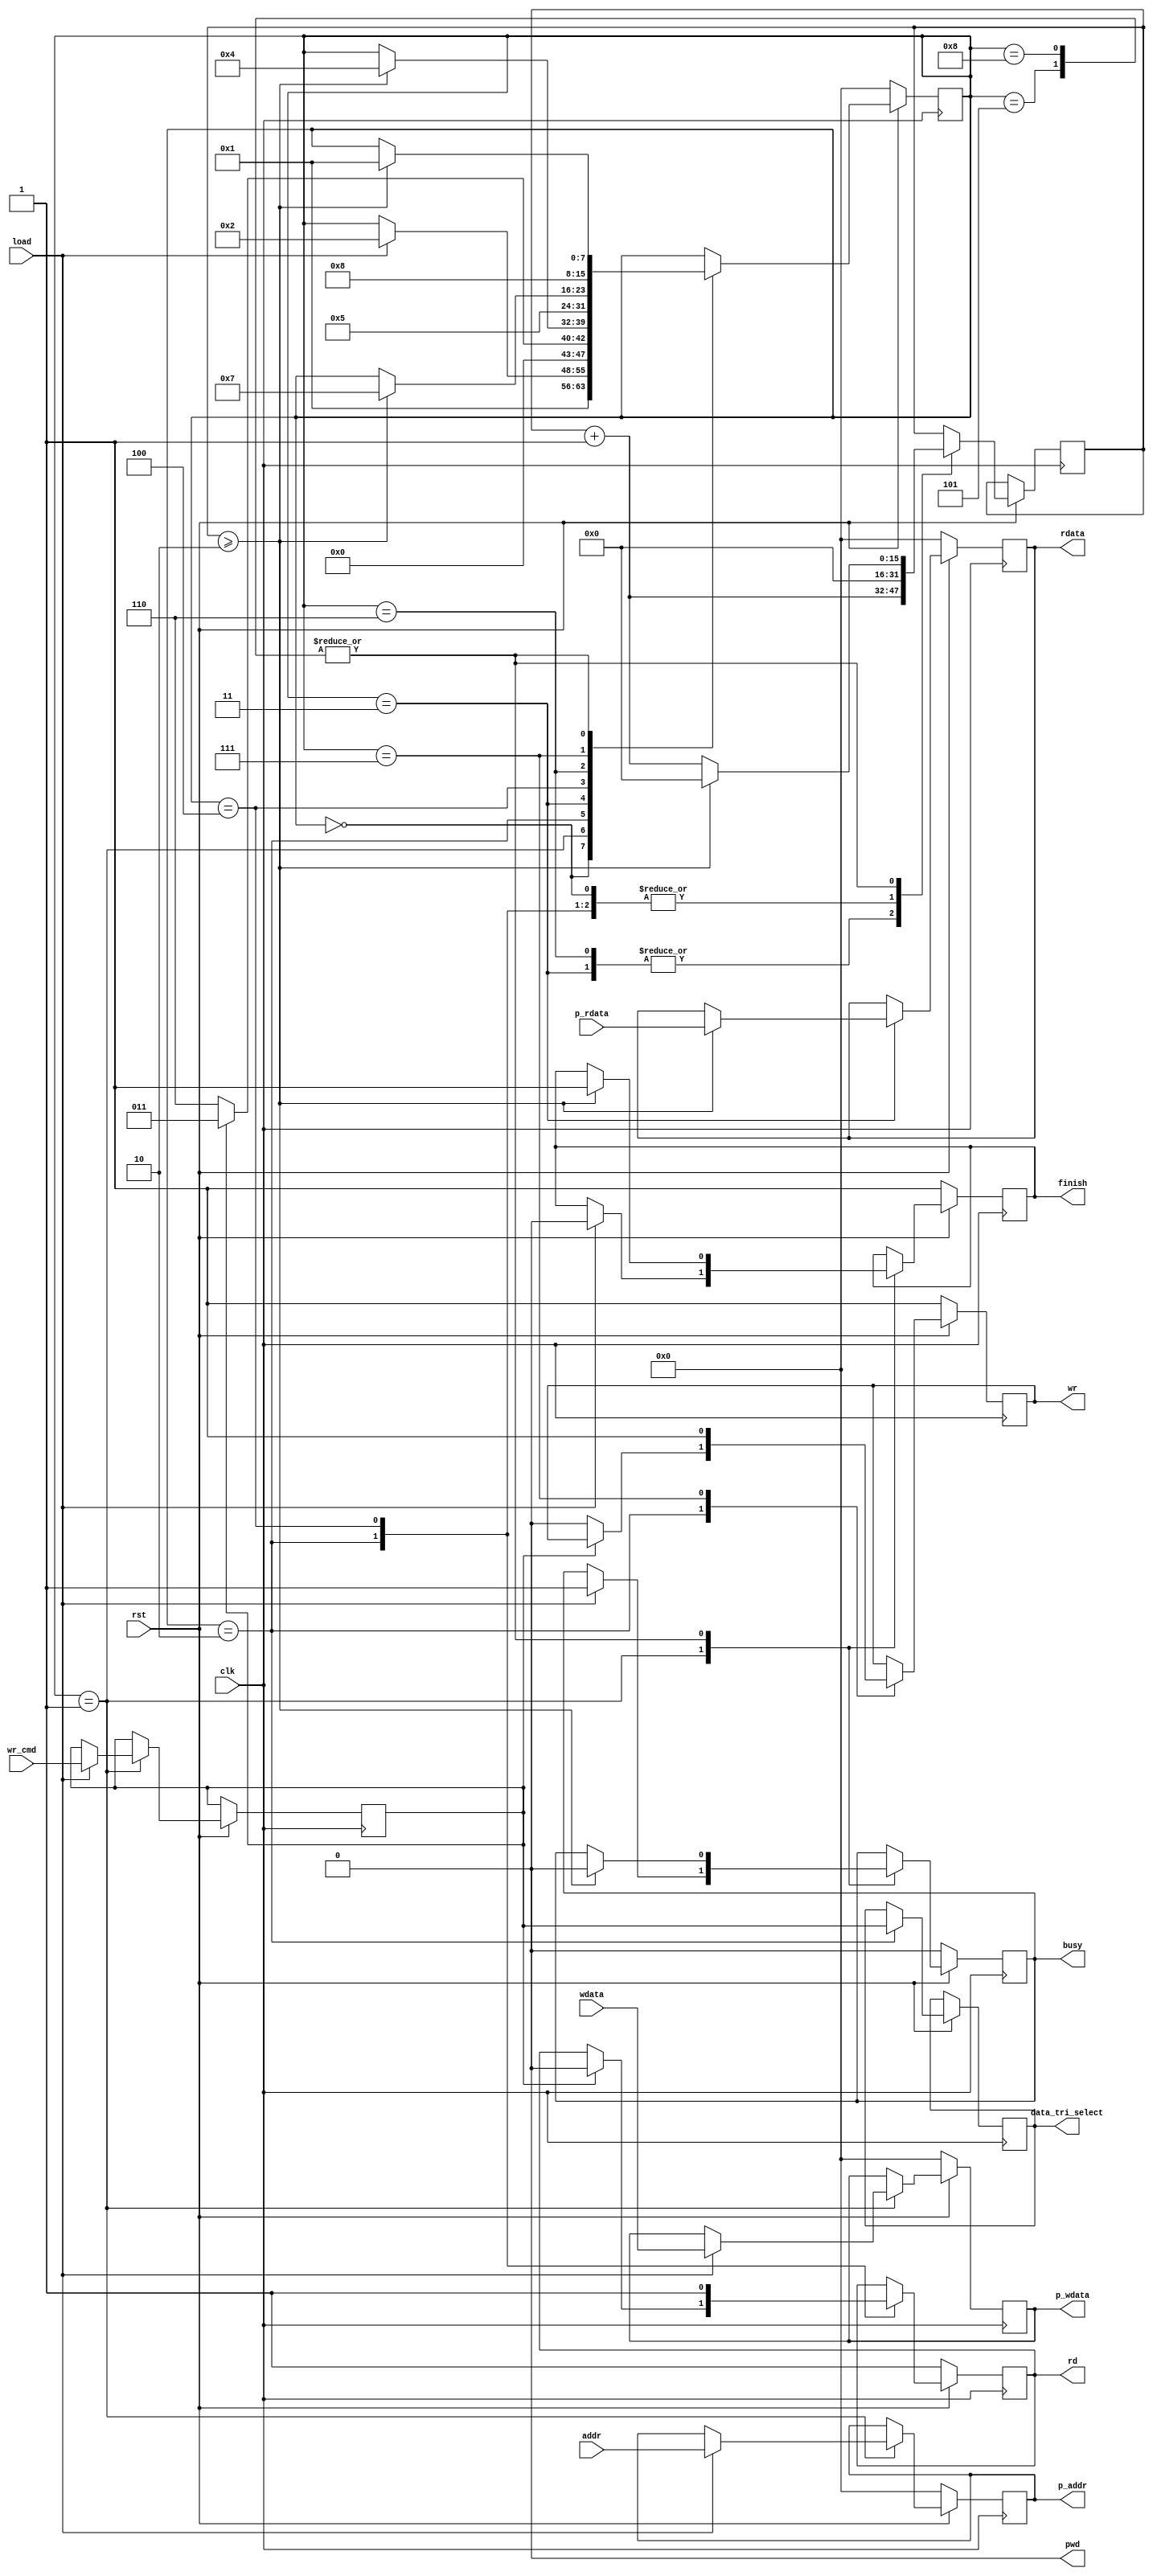
`timescale 1ns / 1ps
//////////////////////////////////////////////////////////////////////////////////
// Company: 
// Engineer: 
// 
// Design Name: 
// Module Name:    parallel_wr 
// Project Name: 
// Target Devices: 
// Tool versions: 
// Description: 
//
// Dependencies: 
//
// Revision: 
// Revision 0.01 - File Created
// Additional Comments: 
//
//////////////////////////////////////////////////////////////////////////////////
module parallel_wr
    #(
		parameter [15 : 0] MAIN_CLOCK_PERIOD = 8,
        parameter [15 : 0] RD_DELAY_CLOCK_PERIOD = 16/*40*/,
        parameter [15 : 0] WR_DELAY_CLOCK_PERIOD = 16/*20*/,
		parameter [3 : 0] ADDR_WIDTH = 8,
		parameter [5 : 0] DATA_WIDTH = 8
	)
    (
        input rst,
		input clk,
		
		input load,
        input wr_cmd,//0-w,1-r
		input [ADDR_WIDTH - 1 : 0] addr,
		input [DATA_WIDTH - 1 : 0] wdata,
        output [DATA_WIDTH - 1 : 0] rdata,

        output busy,
		output finish,

        output pwd,//1-16bit,0-8bit
        output wr,
        output rd,
        output [ADDR_WIDTH - 1 : 0] p_addr,
		output [DATA_WIDTH - 1 : 0] p_wdata,
        input [DATA_WIDTH - 1 : 0] p_rdata,
        output data_tri_select
    );

    localparam [15 : 0] RD_DELAY_CLOCK_NUM = RD_DELAY_CLOCK_PERIOD / MAIN_CLOCK_PERIOD;
    localparam [15 : 0] WR_DELAY_CLOCK_NUM = WR_DELAY_CLOCK_PERIOD / MAIN_CLOCK_PERIOD;

    reg busy_reg = 1'b0;
	reg finish_reg = 1'b1;
    assign busy = busy_reg;
	assign finish = finish_reg;

    assign pwd = 0;

    reg wr_reg = 1;
    reg rd_reg = 1;
    assign wr = wr_reg;
    assign rd = rd_reg;

    reg [ADDR_WIDTH - 1 : 0] p_addr_reg = 0;
    reg [DATA_WIDTH - 1 : 0] p_wdata_reg = 0;
    reg data_tri_select_reg;
    assign p_addr = p_addr_reg;
    assign p_wdata = p_wdata_reg;
    assign data_tri_select = data_tri_select_reg;

    reg [DATA_WIDTH - 1 : 0] rdata_reg = 0;
    assign rdata = rdata_reg;

    reg wr_cmd_reg;

    reg [15 : 0] delay_count = 16'd0;
    reg [7 : 0] fsm_state_cur = 0;
    always @ (posedge clk) begin
        if(!rst) begin
            busy_reg <= 1'b0;
	        finish_reg <= 1'b1;
            wr_reg <= 1;
            rd_reg <= 1;
            p_addr_reg <= 0;
            p_wdata_reg <= 0;
            rdata_reg <= 0;
            fsm_state_cur <= 0;
        end
        else begin
            case(fsm_state_cur)
                0 : begin
                    delay_count <= 16'd0;
                    fsm_state_cur <= 1;
                end
                1 : begin
                    if(load) begin
                        wr_cmd_reg <= wr_cmd;
                        p_addr_reg <= addr;
                        p_wdata_reg <= wdata;
                        busy_reg <= 1;
                        finish_reg <= 0;
                        fsm_state_cur <= 2;
                    end
                end
                2 : begin
                    delay_count <= 16'd0;
                    data_tri_select_reg <= wr_cmd_reg;
                    if(wr_cmd_reg) begin
                        rd_reg <= 0;
                        fsm_state_cur <= 3;
                    end
                    else begin
                        wr_reg <= 0;
                        fsm_state_cur <= 6;
                    end         
                end
                //read
                3 : begin
                    delay_count <= delay_count + 16'd1;
                    if(delay_count >= RD_DELAY_CLOCK_NUM) begin
                        rdata_reg <= p_rdata;
                        fsm_state_cur <= 4;
                    end
                end
                4 : begin
                    rd_reg <= 1; 
                    delay_count <= 0;
                    fsm_state_cur <= 5;
                end
                5 : begin
                    delay_count <= delay_count + 16'd1;
                    if(delay_count >= RD_DELAY_CLOCK_NUM) begin
                        busy_reg <= 1'b0;
                        delay_count <= 16'd0;
	                    finish_reg <= 1'b1;
                        fsm_state_cur <= 1;
                    end
                end
                //write
                6 : begin
                    delay_count <= delay_count + 16'd1;
                    if(delay_count >= WR_DELAY_CLOCK_NUM)
                        fsm_state_cur <= 7;
                end 
                7 : begin
                    wr_reg <= 1; 
                    delay_count <= 0;
                    fsm_state_cur <= 8;
                end
                8 : begin
                    delay_count <= delay_count + 16'd1;
                    if(delay_count >= WR_DELAY_CLOCK_NUM) begin
                        busy_reg <= 1'b0;
                        delay_count <= 16'd0;
	                    finish_reg <= 1'b1;
                        fsm_state_cur <= 1;
                    end
                end
            endcase
        end
    end

endmodule